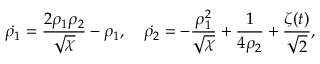
\dot { \rho _ { 1 } } = \frac { 2 \rho _ { 1 } \rho _ { 2 } } { \sqrt { \chi } } - \rho _ { 1 } , \quad \dot { \rho _ { 2 } } = - \frac { \rho _ { 1 } ^ { 2 } } { \sqrt { \chi } } + \frac { 1 } { 4 \rho _ { 2 } } + \frac { \zeta ( t ) } { \sqrt { 2 } } ,